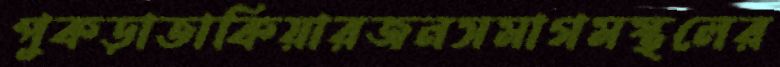
পুকড়াতাকিয়ারজনসমাগমস্থলের